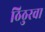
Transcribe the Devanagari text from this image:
ठिठुरवा